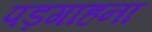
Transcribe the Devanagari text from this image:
पड़गाहना